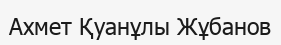
Ахмет Қуанұлы Жұбанов